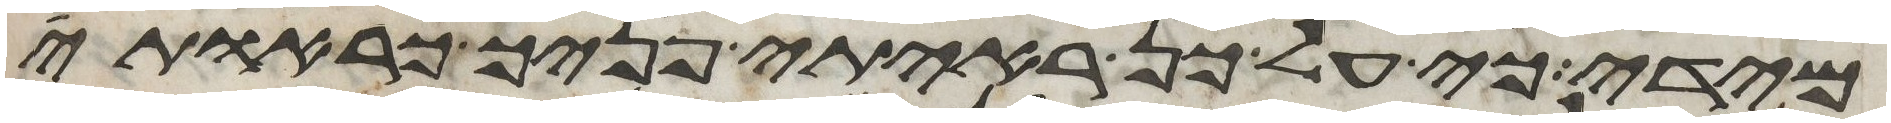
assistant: מידי כי על כן ראיתי פניך כראות